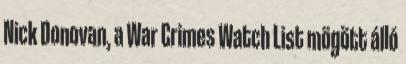
Nick Donovan, a War Crimes Watch List mögött álló